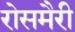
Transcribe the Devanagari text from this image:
रोसमैरी